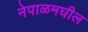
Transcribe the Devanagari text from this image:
नेपाळमघील